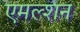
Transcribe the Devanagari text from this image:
एमल्शन